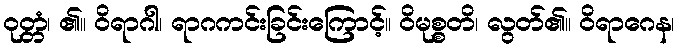
ဝုတ္တံ၊ ၏။ ဝိရာဂါ၊ ရာဂကင်းခြင်းကြောင့်။ ဝိမုစ္စတိ၊ လွတ်၏။ ဝိရာဂေန၊